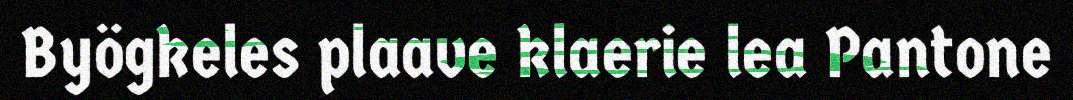
Byögkeles plaave klaerie lea Pantone